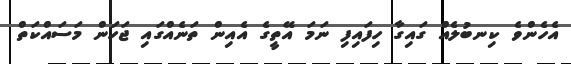
އެހެންވެ ކިނބުލެއް ގައިގާ ހިފައިފި ނަމަ އޭތީގެ އެއިން ތަނެއްގައި ޖަހަން މަސައްކަތް